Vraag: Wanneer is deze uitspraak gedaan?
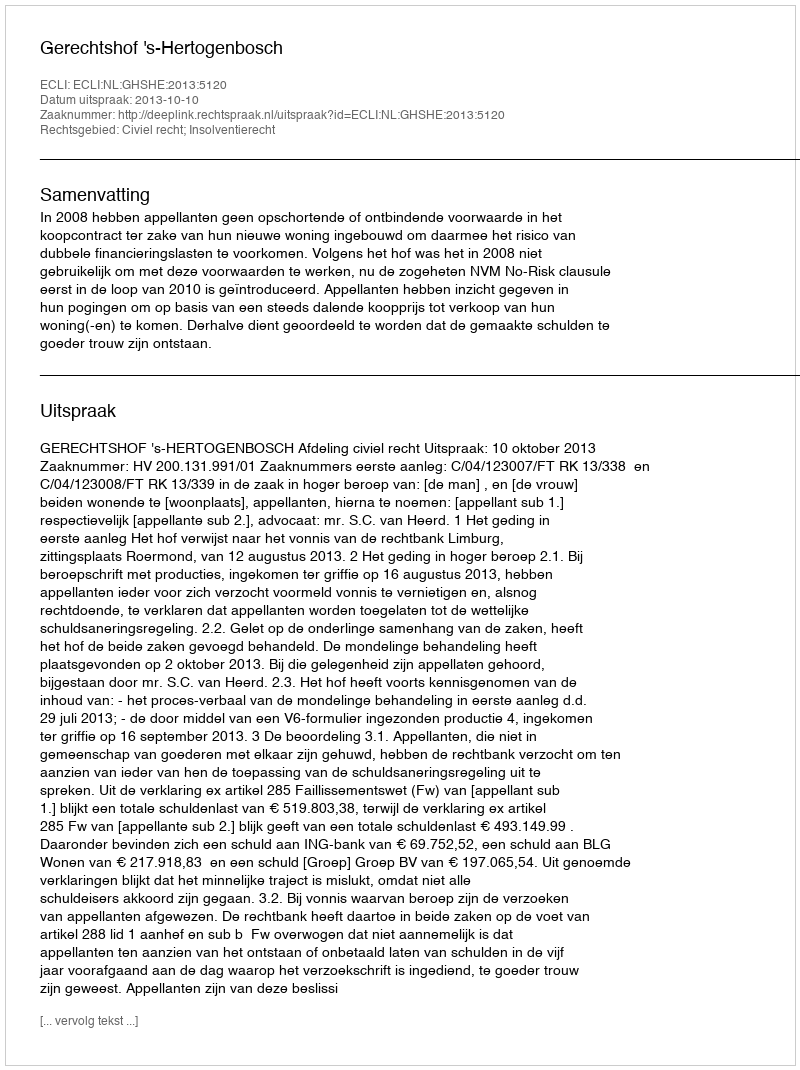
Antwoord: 2013-10-10